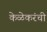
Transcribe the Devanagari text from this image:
केळेकरंची